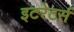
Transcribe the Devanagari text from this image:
इटरेटर्स